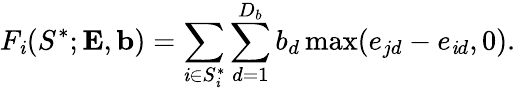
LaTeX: F_{\mathit{i}}(S^{*};{\mathbf{{E}}},{\mathbf{{b}}})=\sum_{\mathit{i}\in{S_{\mathit{i}}^{*}}}\sum_{d=1}^{D_{b}}b_{d}\operatorname*{max}(e_{jd}-e_{\mathit{i}d},0).